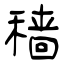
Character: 穑